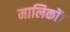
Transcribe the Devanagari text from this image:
मालिकों।